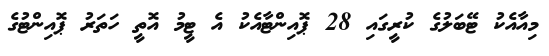
މިއާއެކު ޓޭބަލުގެ ކުރީގައި 28 ޕޮއިންޓާއެކު އެ ޓީމު އޮތީ ހަތަރު ޕޮއިންޓުގެ